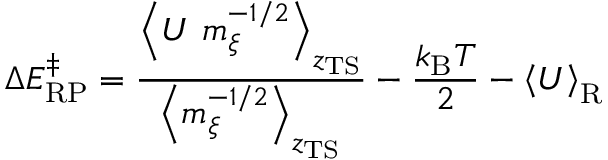
\Delta E _ { \mathrm { R P } } ^ { \ddagger } = \frac { \left< U \ m _ { \xi } ^ { - 1 / 2 } \right> _ { z _ { \mathrm { T S } } } } { \left< m _ { \xi } ^ { - 1 / 2 } \right> _ { z _ { \mathrm { T S } } } } - \frac { k _ { \mathrm { B } } T } { 2 } - \left< U \right> _ { \mathrm { R } }